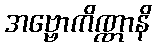
အဗ္ဗောကိဏ္ဏာနိ